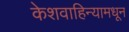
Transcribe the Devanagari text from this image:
केशवाहिन्यामधून